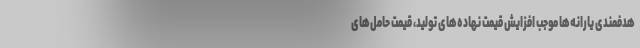
هدفمندی یارانه‌ها موجب افزایش قیمت نهاده‌های تولید، قیمت حامل‌های